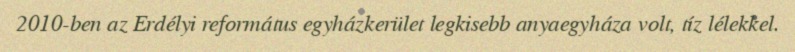
2010-ben az Erdélyi református egyházkerület legkisebb anyaegyháza volt, tíz lélekkel.